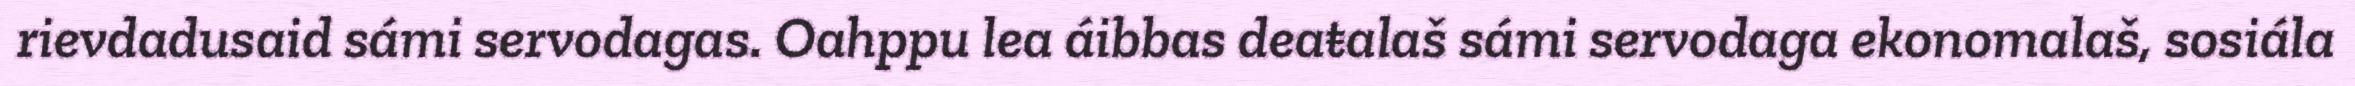
rievdadusaid sámi servodagas. Oahppu lea áibbas deaŧalaš sámi servodaga ekonomalaš, sosiála